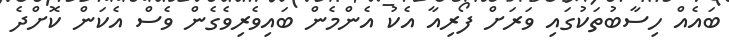
ބައެއް ހިސާބުތަކުގައި ވަރަށް ފޯރިއާ އެކު އެންމެން ބަައިވެރިވެގެން ވެސް އެކަން ކޮށްދެ